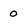
Character: 0